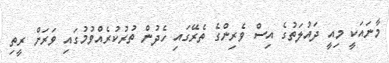
މާނައަކީ މިއީ ދައުލަތުގެ އިސް ވެރިންގެ ތެރޭގައި ހެދުން ތުރުކުރެއްވުމުގައި ވަރަށް ރީތި